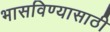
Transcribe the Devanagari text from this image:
भासविण्यासाठी